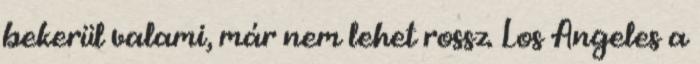
bekerül valami, már nem lehet rossz. Los Angeles a